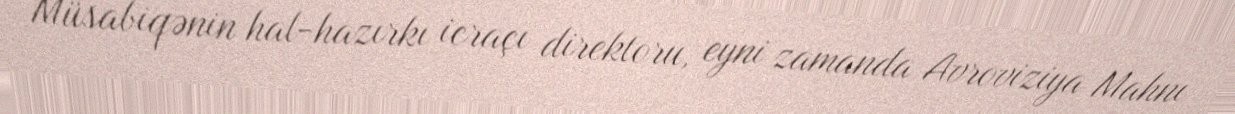
Müsabiqənin hal-hazırkı icraçı direktoru, eyni zamanda Avroviziya Mahnı